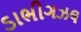
ડાભીગઝલ